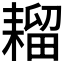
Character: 𫅾